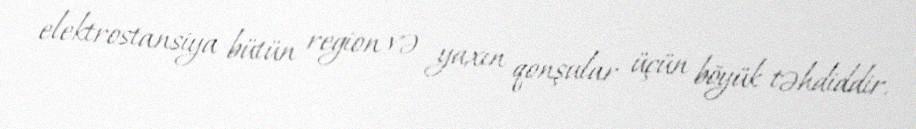
elektrostansiya bütün region və yaxın qonşular üçün böyük təhdiddir.